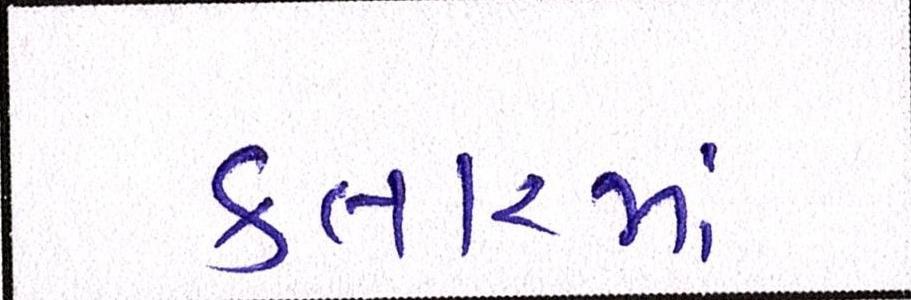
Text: કતારમાં